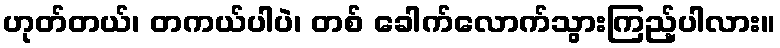
ဟုတ်တယ်၊ တကယ်ပါပဲ၊ တစ် ခေါက်လောက်သွားကြည့်ပါလား။